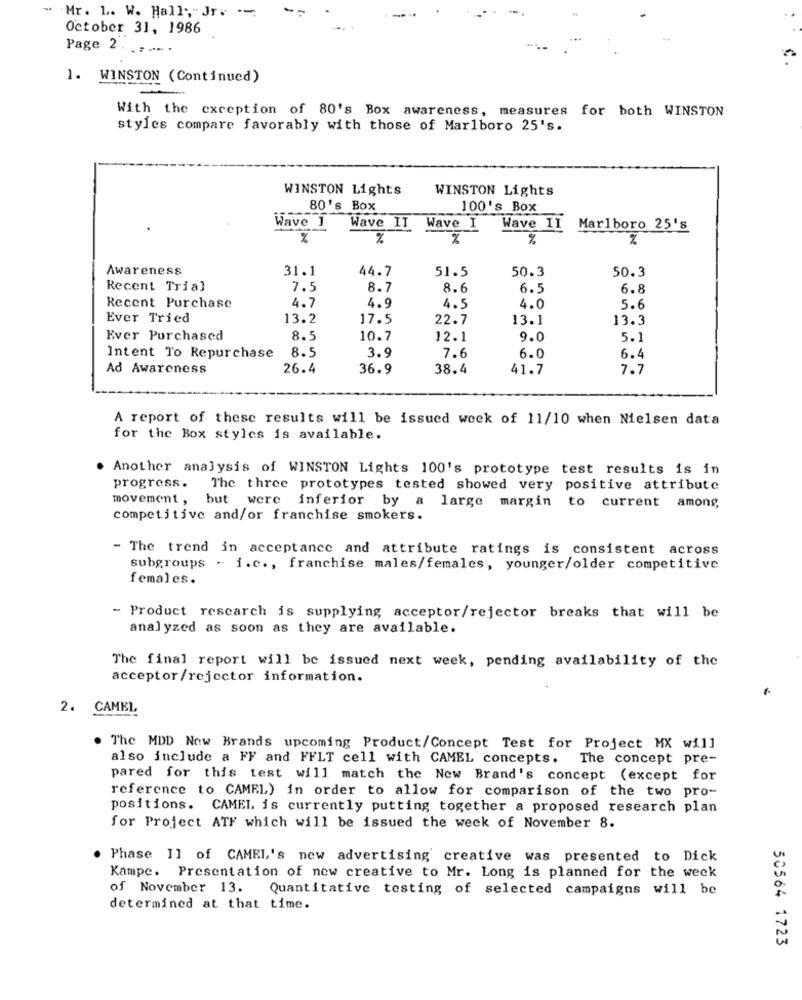
-
-
Mr. L. W. Hall; Jr. .-
October 31, 1986
Page 2 . ..... .
1. WINSTON (Continued)
With the exception of 80's Box awareness, measures for both WINSTON
styles compare favorably with those of Marlboro 25's.
WINSTON Lights
WINSTON Lights
80's Box
100's Box
Wave 1
Wave IT
Wave I
Wave II
Marlboro 25's
%
%
%
Awareness
31.1
44.7
51.5
50.3
50.3
Recent Trial
7.5
8.7
8.6
6.5
6.8
4.7
Recent Purchase
4.9
4.5
4.0
5.6
Ever Tried
13.2
17.5
22.7
13.1
13.3
Ever Purchased
8.5
10.7
12.1
9.0
5.1
8.5
3.9
7.6
Intent To Repurchase
6.0
6.4
Ad Awareness
26.4
36.9
38.4
41.7
7.7
A report of these results will be issued week of 11/10 when Nielsen data
for the Box styles is available.
. Another analysis of WINSTON Lights 100's prototype test results is in
progress.
The three prototypes tested showed very positive attribute
among
movement, but were inferior by a large margin to current
competitive and/or franchise smokers.
- The trend in acceptance and attribute ratings is consistent across
subgroups - i.c ., franchise males/females, younger/older competitive
females.
- Product research is supplying acceptor/rejector breaks that will be
analyzed as soon as they are available.
The final report will be issued next week, pending availability of the
acceptor/rejector information.
2. CAMEL
. The MDD Now Brands upcoming Product/Concept Test for Project MX will
also include a FF and FFLT cell with CAMEL concepts.
The concept pre-
pared for this test will match the New Brand's concept (except for
reference to CAMEL) in order to allow for comparison of the two pro-
positions. CAMEL is currently putting together a proposed research plan
for Project ATF which will be issued the week of November 8.
Phase Il of CAMEL's new advertising creative was presented to Dick
Kampe. Presentation of new creative to Mr. Long is planned for the week
of November 13.
Quantitative testing of selected campaigns will be
determined at that time.
50564 1723